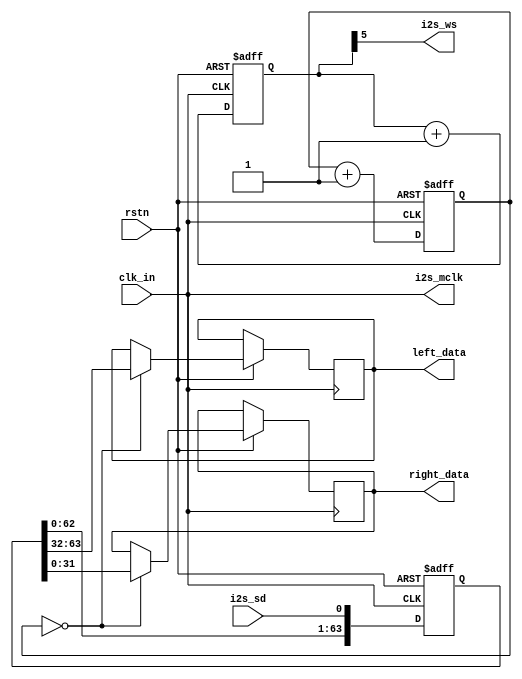
module i2s (
    input            rstn,      // reset
    input            clk_in,    // 64fs clock
    output           i2s_mclk,  // I2S clock
    output           i2s_ws,    // I2S word select
    input            i2s_sd,    // I2S serial data
    output reg[31:0] left_data, // left channel data
    output reg[31:0] right_data // right channel data

);

reg[5:0]  bit_counter; // will count from 0 to 63
reg[5:0]  bit_counter_ws; // will count from 0 to 63
reg[63:0] data;        // shift register

assign i2s_ws   = bit_counter_ws[5];
assign i2s_mclk = clk_in;

always @(negedge clk_in or negedge rstn)
    if (~rstn) bit_counter_ws <= 6'd0;
    else bit_counter_ws <= bit_counter_ws + 6'd1;

always @(posedge clk_in or negedge rstn)
    if (~rstn) begin
       bit_counter   <= 6'd0;
       data          <= 64'd0;
    end else begin
       bit_counter <= bit_counter + 6'd1;
       data        <= data << 1;
       data[0]     <= i2s_sd;

       if (bit_counter == 0) begin
           left_data  <= data[63:32];
           right_data <= data[31:0];
       end
    end

endmodule